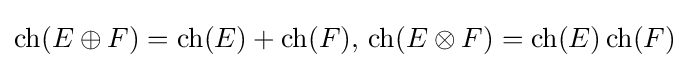
\operatorname {ch} (E\oplus F)=\operatorname {ch} (E)+\operatorname {ch} (F),\,\operatorname {ch} (E\otimes F)=\operatorname {ch} (E)\operatorname {ch} (F)